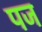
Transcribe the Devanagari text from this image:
पज